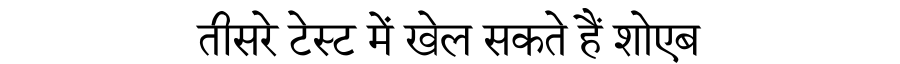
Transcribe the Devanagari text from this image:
तीसरे टेस्ट में खेल सकते हैं शोएब